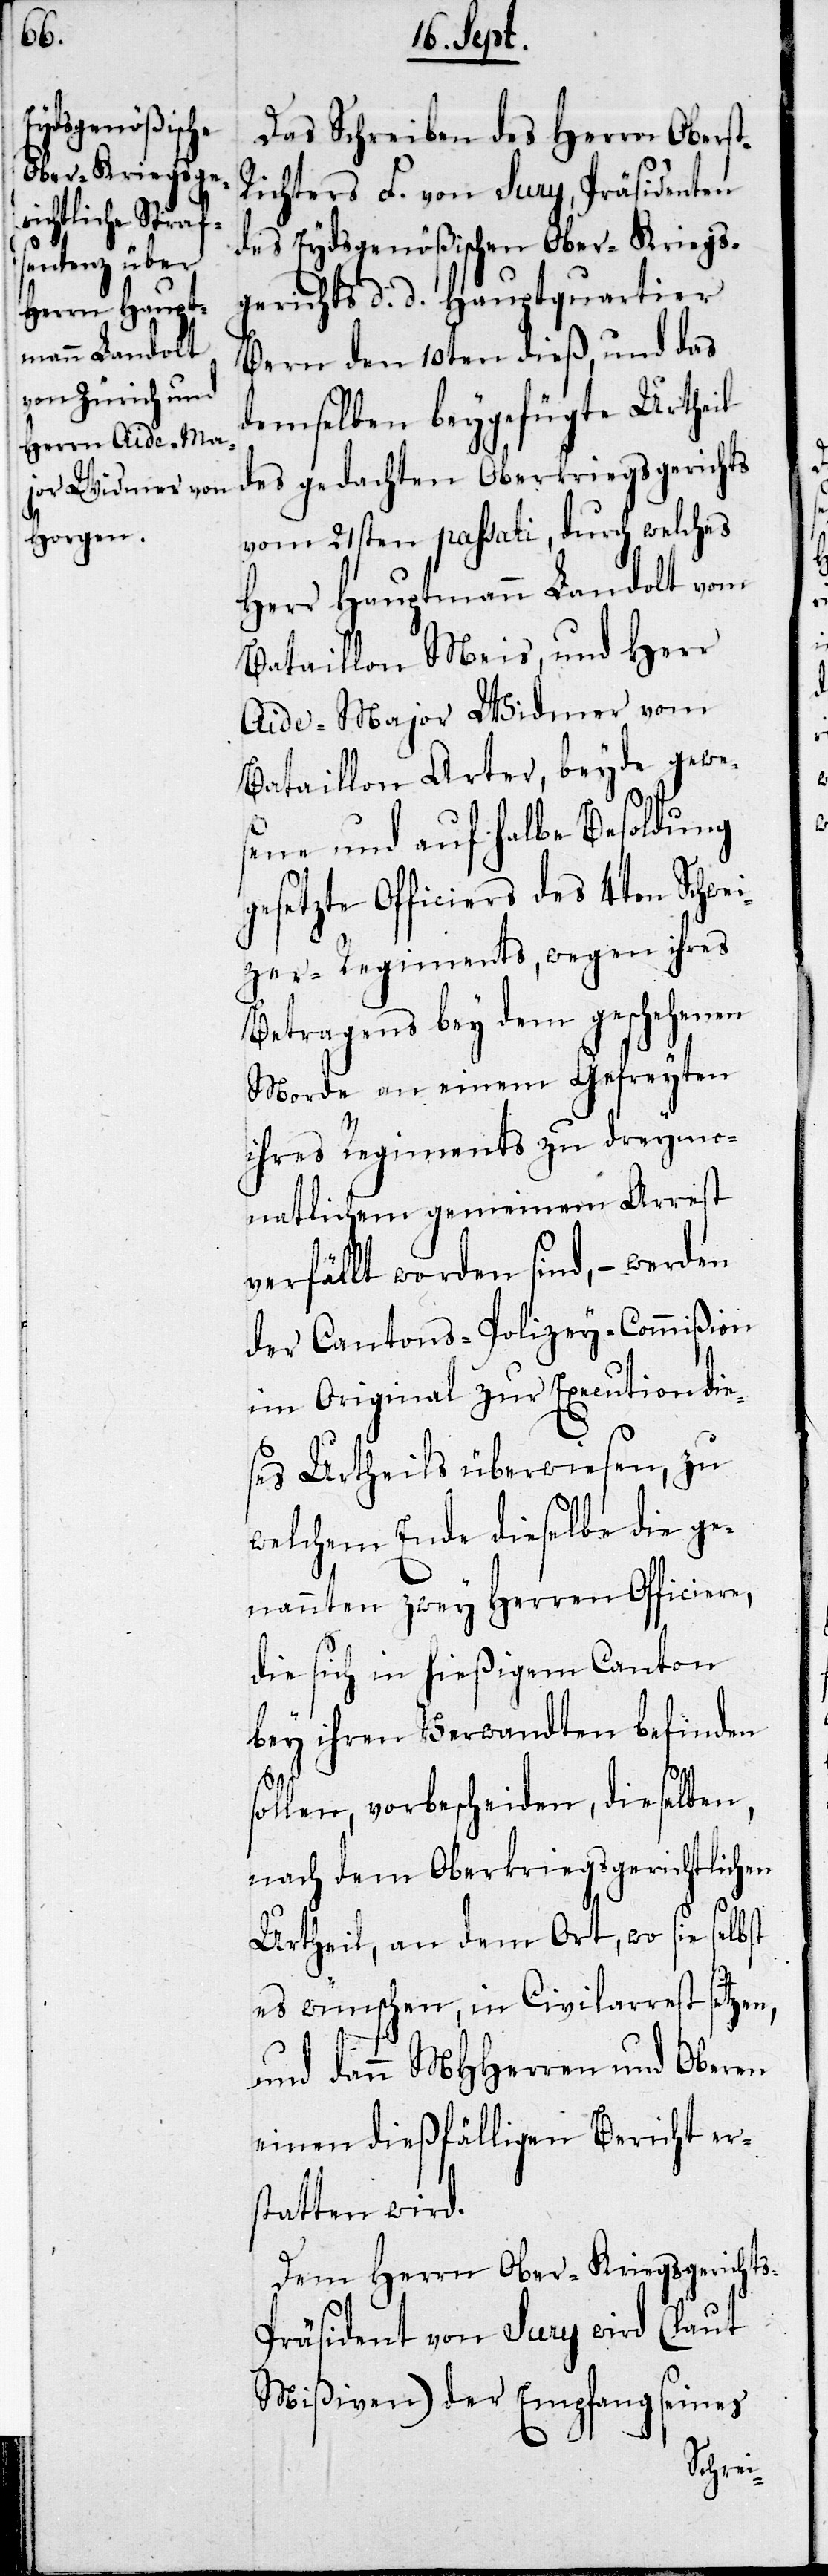
s-P¬

Das Schreiben des Herrn Obers¬
ichters F. von Sury, Präsidenten
des Eydsgenößischen Ober-Kriegs¬
gerichts d. d. Hauptquartier
Bern den 10ten dieß, und das
demselben beygefügte Urtheil
des gedachten Oberkriegsgerichts
vom 21sten paßati, durch welches
Herr Hauptmann Landolt vom
Bataillon Meis, und Herr
Aide-Major Widmer vom
Bataillon Arter, beyde gewe¬
sene und auf halbe Besoldung
gesetzte Officiers des 4ten Schwe¬
izer-Regiments, wegen ihres
Betragens bey dem geschehenen
Morde an einem Gefreyten
ihres Regiments zu dreymo¬
natlichem gemeinem Arrest
verfällt worden sind, – werden
der Cantons-Polizey-Commißion
im Original zur Execution dies¬
es Urtheils überwiesen, zu
welchem Ende dieselbe die ge¬
nannten zwey Herren Officiere,
die sich in hießigem Canton
bey ihren Verwandten befinden
ollen, vorbescheiden, dieselben,
nach dem Oberkriegsgerichtlichen
Urtheil, an dem Ort wo sie selbst
es wünschen, in Civilarrest setzen
und dann MHHerren und Obern
einen dießfälligen Bericht er¬
statten wird.
Dem Herrn Ober-Kriegsgericht¬
räsident von Sury wird (laut
Mißiven) der Empfang seines